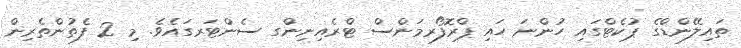
ތައިލޭންޑްގެ ޕުކެޓްގައި ހުންނަ ހައި ޕްރޮފޯރމަންސް ޓްރެއިނިންގ ސެންޓަރގައެވެ. މި 2 ފެތުންތެރިން